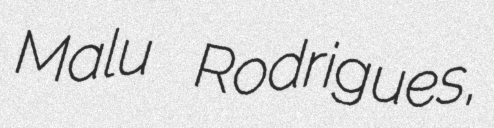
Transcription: Malu Rodrigues,